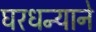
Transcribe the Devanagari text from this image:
घरधन्याने